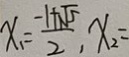
x _ { 1 } = \frac { - 1 + \sqrt { 5 } } { 2 } , x _ { 2 } =